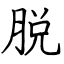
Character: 脱